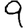
Digit: 9